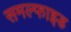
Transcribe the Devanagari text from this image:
समल्फाइड